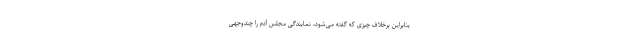
بنابراین برخلاف چیزی که گفته می‌شود، نمایندگی مجلس آدم را چندوجهی